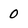
Character: 0